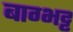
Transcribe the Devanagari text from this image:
बाग्भट्ट